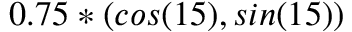
0 . 7 5 * ( { c o s ( 1 5 ) } , { s i n ( 1 5 ) } )